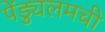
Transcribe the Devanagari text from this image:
पेंड्युलमची